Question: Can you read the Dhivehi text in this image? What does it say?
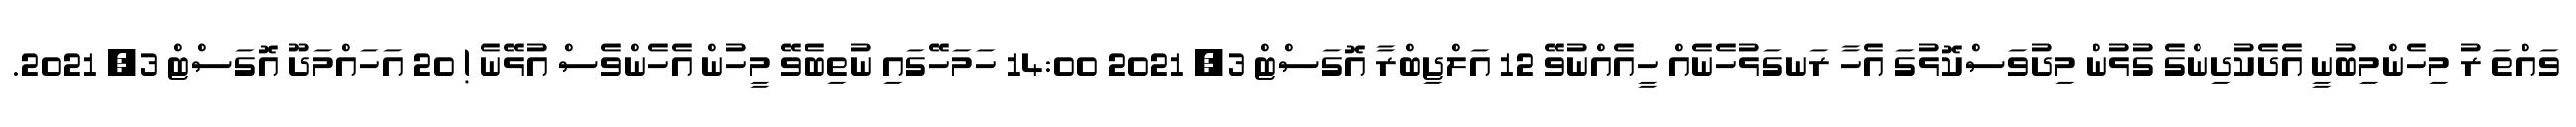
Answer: ވައްތަ ރު މިހެންމިބުނީ އެދެކުދިންގެ ގުޅުން މިދުވަސްކޮޅުގަ އެހާ ރަނގަޅުހެނެއް ހީއެއްނުވޭ 12 އަލްޖިބްރާ އޮގަސްޓް 3, 2021 14:00 ހަމަހޭގައި ނުތިބެވޭ މީހުން އެހެންވެސް އުޅޭނެ ! 20 އަހައްމަދޫ އޮގަސްޓް 3, 2021.